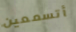
أتسمعين